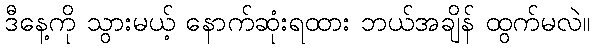
ဒီနေ့ကို သွားမယ့် နောက်ဆုံးရထား ဘယ်အချိန် ထွက်မလဲ။